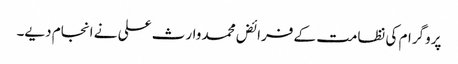
پروگرام کی نظامت کے فرائض محمد وارث علی نے انجام دیے۔